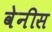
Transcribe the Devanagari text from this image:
वेनीस